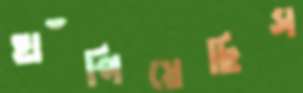
হাঁপিয়েছিস